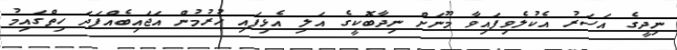
ނިދީގެ އަސަރު އެކުލެވިފައިވާ މޫނަށް ނިދާބޮކީގެ އަލި އެޅިފައި ހުރުމުން އަޖައިބެއްފަދަ ހިތްގައިމު